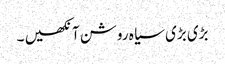
بڑی بڑی سیا ہ روشن آنکھیں ۔